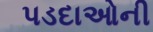
પડદાઓની